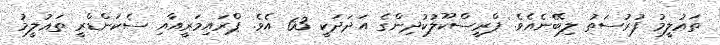
ތަޢުލީމު ފުރުސަތު ލިބޭނެއެވެ. ޕްރީސްކޫލުކުދިންގެ އަދަދަކީ 63 އެވެ. ޕްރައިމަރީއާއި ސެކަންޑްރީ ތަޢުލީމު